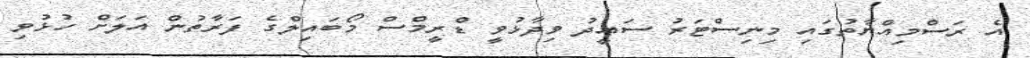
އެ ރަސްމިއްޔާތުގައި މިނިސްޓަރު ސައީދު ވިދާޅުވީ ޑްރީމްސް މޯބައިލްގެ ފަރާތުން އަލަށް ހުޅުވި